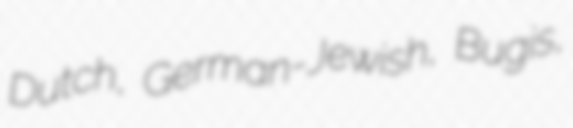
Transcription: Dutch, German-Jewish, Bugis,